Report of the veterinary officer investigating camel disease
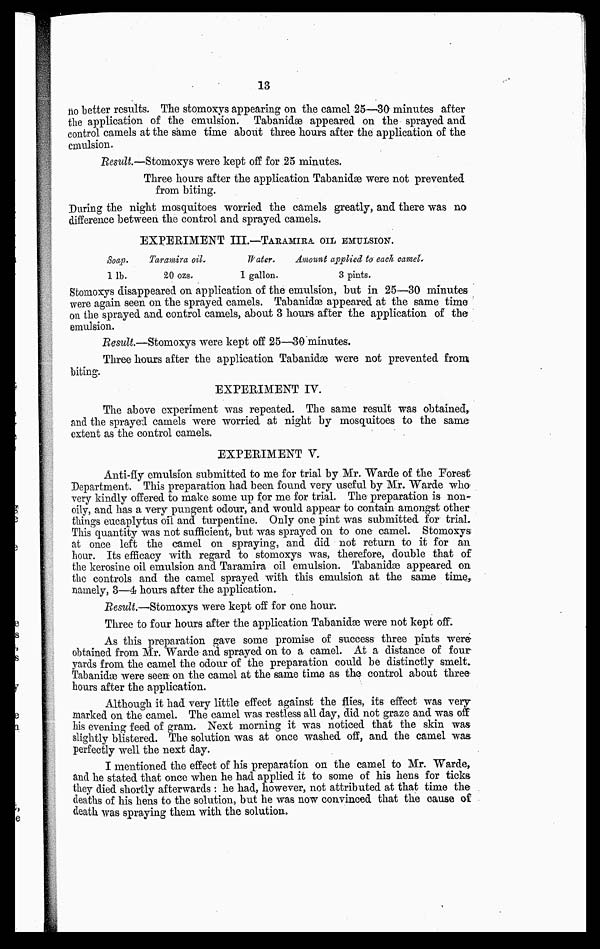
13
no better results. The stomoxys appearing on the camel 25—30 minutes after
the application of the emulsion. Tabanidæ appeared on the sprayed and
control camels at the same time about three hours after the application of the
cmulsion.
Result.—Stomoxys were kept off for 25 minutes.
Three hours after the application Tabanidæ were not prevented
from biting.
During the night mosquitoes worried the camels greatly, and there was no
difference between the control and sprayed camels.
EXPERIMENT III.—TARAMIRA OIL EMULSION.
Soap.
11b.
Taramira oil.
20 ozs.
Water.
1 gallon.
Amount applied to each camel.
3 pints.
Stomoxys disappeared on application of the emulsion, but in 25—30 minutes
were again seen on the sprayed camels. Tabanidæ appeared at the same time
on the sprayed and control camels, about 3 hours after the application of the
emulsion.
Result.—Stomoxys were kept off 25—30 minutes.
Three hours after the application Tabanidæ were not prevented from
biting.
EXPERIMENT IV.
The above experiment was repeated. The same result was obtained,
and the sprayed camels were worried at night by mosquitoes to the same
extent as the control camels.
EXPERIMENT V.
Anti-fly emulsion submitted to me for trial by Mr. Warde of the Forest
Department. This preparation had been found very useful by Mr. Warde who
very kindly offered to make some up for me for trial. The preparation is non-
oily, and has a very pungent odour, and would appear to contain amongst other
things eucaplytus oil and turpentine. Only one pint was submitted for trial.
This quantity was not sufficient, but was sprayed on to one camel. Stomoxys
at once left the camel on spraying, and did not return to it for an
hour. Its efficacy with regard to stomoxys was, therefore, double that of
the kerosine oil emulsion and Taramira oil emulsion. Tabanidæ appeared on
the controls and the camel sprayed with this emulsion at the same time,
namely, 3—4 hours after the application.
Result.—Stomoxys were kept off for one hour.
Three to four hours after the application Tabanidæ were not kept off.
As this preparation gave some promise of success three pints were
obtained from Mr. Warde and sprayed on to a camel. At a distance of four
yards from the camel the odour of the preparation could be distinctly smelt.
Tabanidæ were seen on the camel at the same time as the control about three
hours after the application.
Although it had very little effect against the flies, its effect was very-
marked on the camel. The camel was restless all day, did not graze and was off
his evening feed of gram. Next morning it was noticed that the skin was
slightly blistered. The solution was at once washed off, and the camel was
perfectly well the next day.
I mentioned the effect of his preparation on the camel to Mr. Warde,
and he stated that once when he had applied it to some of his hens for ticks
they died shortly afterwards : he had, however, not attributed at that time the
deaths of his hens to the solution, but he was now convinced that the cause of
death was spraying them with the solution,